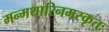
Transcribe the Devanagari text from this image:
मन्मथारिनमस्कृतः